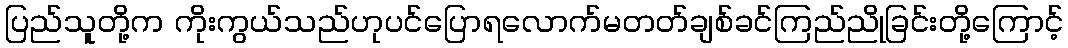
ပြည်သူတို့က ကိုးကွယ်သည်ဟုပင်ပြောရလောက်မတတ်ချစ်ခင်ကြည်ညိုခြင်းတို့ကြောင့်